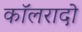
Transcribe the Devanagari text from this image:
कॉलरादो